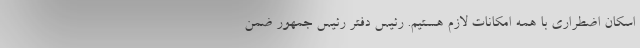
اسکان اضطراری با همه امکانات لازم هستیم. رئیس دفتر رئیس جمهور ضمن